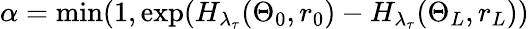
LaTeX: \alpha=\mathrm{min}(1,\mathrm{exp}(H_{\lambda_{\tau}}(\Theta_{0},r_{0})-H_{\lambda_{\tau}}(\Theta_{L},r_{L}))